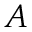
A